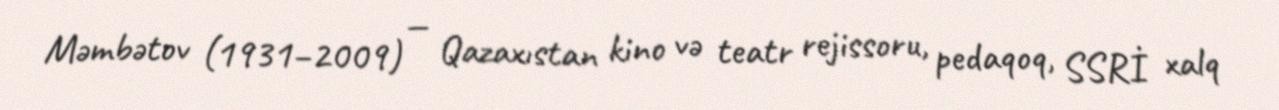
Məmbətov (1931–2009) — Qazaxıstan kino və teatr rejissoru, pedaqoq, SSRİ xalq